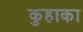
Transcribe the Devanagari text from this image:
कुहाका